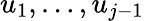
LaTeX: u_{1},\dotsc,u_{j-1}